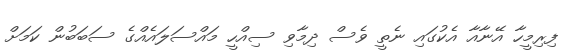
ފިރިމީހާ އޭނާއާ އެކުގައި ނެތީ ވެސް ދިމާވި ސިއްހީ މައްސަލައެއްގެ ސަބަބުން ކަމަށް